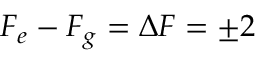
F _ { e } - F _ { g } = \Delta F = \pm 2